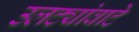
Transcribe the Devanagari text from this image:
उलट्यांवाटे